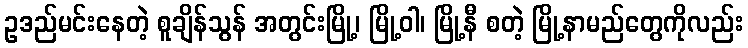
ဥဒည်မင်းနေတဲ့ စူချိန်သွန် အတွင်းမြို့၊ မြို့ဝါ၊ မြို့နီ စတဲ့ မြို့နာမည်တွေကိုလည်း